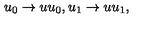
u _ { 0 } \rightarrow u u _ { 0 } , u _ { 1 } \rightarrow u u _ { 1 } ,